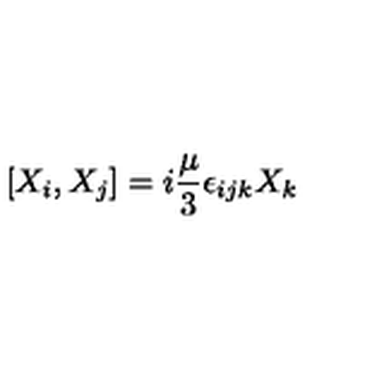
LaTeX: [ X _ { i } , X _ { j } ] = i { \frac { \mu } { 3 } } \epsilon _ { i j k } X _ { k }